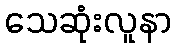
သေဆုံးလူနာ